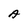
Character: A